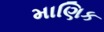
માણિક